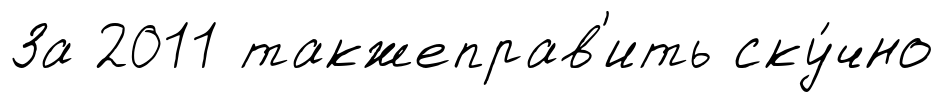
За 2011 такжеправ'ить ску́чно